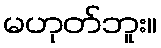
မဟုတ်ဘူး။